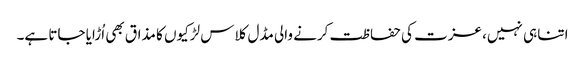
اتنا ہی نہیں، عزت کی حفاظت کرنے والی مڈل کلاس لڑکیوں کا مذاق بھی اُڑایا جاتا ہے۔